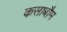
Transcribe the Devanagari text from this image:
कसाबौम